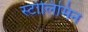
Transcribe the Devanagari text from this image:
स्टोलिमिन